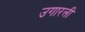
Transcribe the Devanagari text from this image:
उगारली